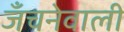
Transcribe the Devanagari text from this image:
जँचनेवाली